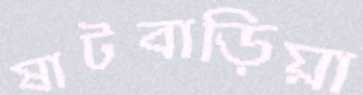
ষাটবাড়িয়া